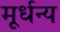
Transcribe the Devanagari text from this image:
मूर्धन्‍य